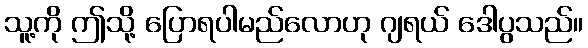
သူ့ကို ဤသို့ ပြောရပါမည်လောဟု ဂျရယ် ဒေါပွသည်။